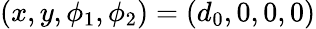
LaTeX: (x,y,\phi_{1},\phi_{2})=(d_{0},0,0,0)